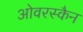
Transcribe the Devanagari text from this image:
ओवरस्कैन